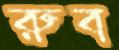
রুব